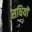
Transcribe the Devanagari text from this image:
सधियों